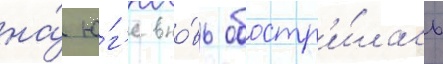
на́ ю́г'е вно́вь обостр'и́лась